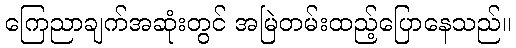
ကြေညာချက်အဆုံးတွင် အမြဲတမ်းထည့်ပြောနေသည်။